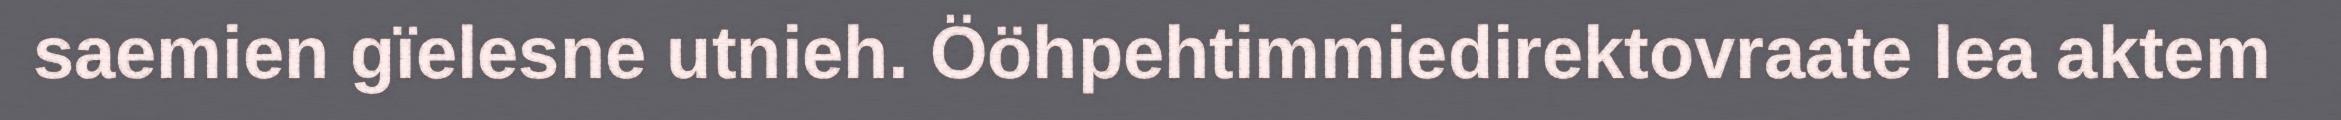
saemien gïelesne utnieh. Ööhpehtimmiedirektovraate lea aktem